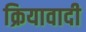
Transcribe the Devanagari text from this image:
क्रियावादी